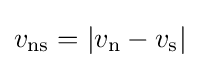
v_{\text{ns}}=|v_{\text{n}}-v_{\text{s}}|